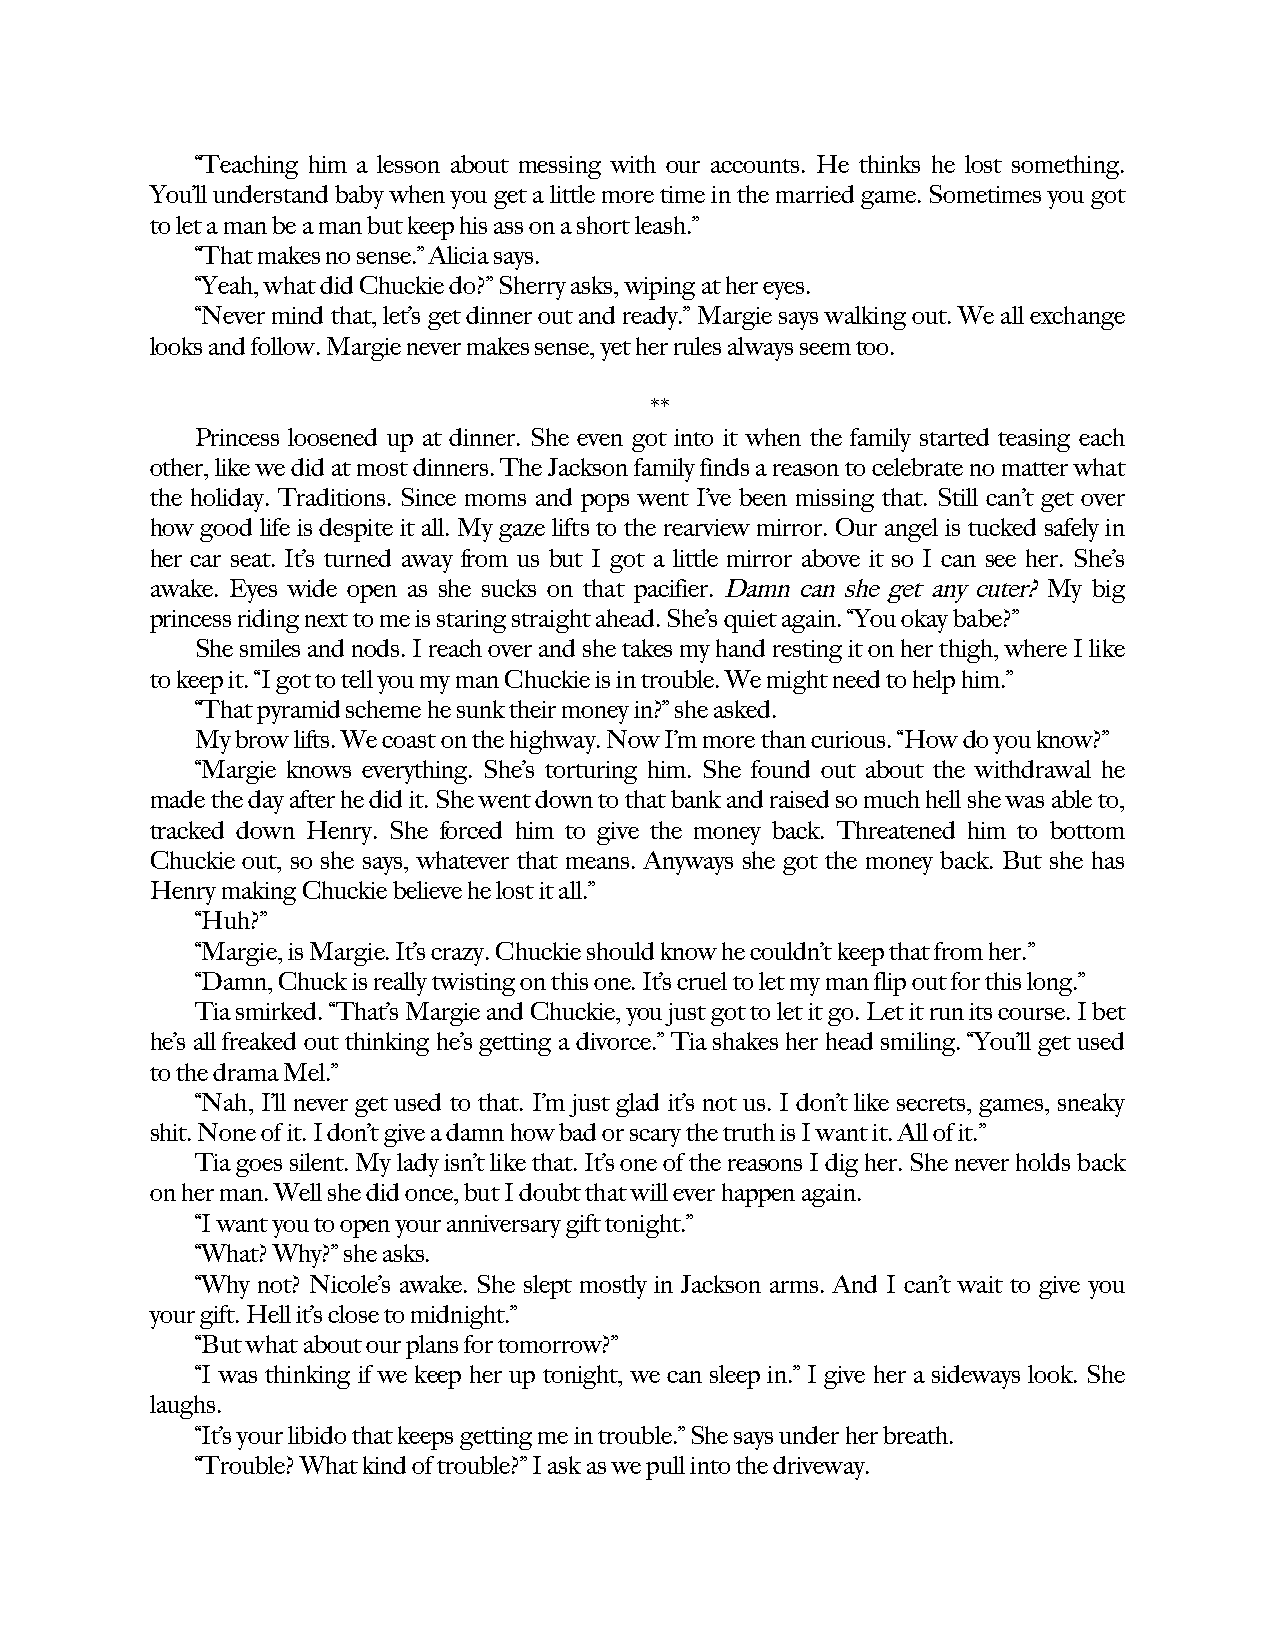
“Teaching him a lesson about messing with our accounts. He thinks he lost something.
 You’ll understand baby when you get a little more time in the married game. Sometimes you got
 to let a man be a man but keep his ass on a short leash.”
 “That makes no sense.” Alicia says.
 “Yeah, what did Chuckie do?” Sherry asks, wiping at her eyes.
 “Never mind that, let’s get dinner out and ready.” Margie says walking out. We all exchange
 looks and follow. Margie never makes sense, yet her rules always seem too.
 **
 Princess loosened up at dinner. She even got into it when the family started teasing each
 other, like we did at most dinners. The Jackson family finds a reason to celebrate no matter what
 the holiday. Traditions. Since moms and pops went I’ve been missing that. Still can’t get over
 how good life is despite it all. My gaze lifts to the rearview mirror. Our angel is tucked safely in
 her car seat. It’s turned away from us but I got a little mirror above it so I can see her. She’s
 awake. Eyes wide open as she sucks on that pacifier. Damn can she get any cuter? My big
 princess riding next to me is staring straight ahead. She’s quiet again. “You okay babe?”
 She smiles and nods. I reach over and she takes my hand resting it on her thigh, where I like
 to keep it. “I got to tell you my man Chuckie is in trouble. We might need to help him.”
 “That pyramid scheme he sunk their money in?” she asked.
 My brow lifts. We coast on the highway. Now I’m more than curious. “How do you know?”
 “Margie knows everything. She’s torturing him. She found out about the withdrawal he
 made the day after he did it. She went down to that bank and raised so much hell she was able to,
 tracked down Henry. She forced him to give the money back. Threatened him to bottom
 Chuckie out, so she says, whatever that means. Anyways she got the money back. But she has
 Henry making Chuckie believe he lost it all.”
 “Huh?”
 “Margie, is Margie. It’s crazy. Chuckie should know he couldn’t keep that from her.”
 “Damn, Chuck is really twisting on this one. It’s cruel to let my man flip out for this long.”
 Tia smirked. “That’s Margie and Chuckie, you just got to let it go. Let it run its course. I bet
 he’s all freaked out thinking he’s getting a divorce.” Tia shakes her head smiling. “You’ll get used
 to the drama Mel.”
 “Nah, I’ll never get used to that. I’m just glad it’s not us. I don’t like secrets, games, sneaky
 shit. None of it. I don’t give a damn how bad or scary the truth is I want it. All of it.”
 Tia goes silent. My lady isn’t like that. It’s one of the reasons I dig her. She never holds back
 on her man. Well she did once, but I doubt that will ever happen again.
 “I want you to open your anniversary gift tonight.”
 “What? Why?” she asks.
 “Why not? Nicole’s awake. She slept mostly in Jackson arms. And I can’t wait to give you
 your gift. Hell it’s close to midnight.”
 “But what about our plans for tomorrow?”
 “I was thinking if we keep her up tonight, we can sleep in.” I give her a sideways look. She
 laughs.
 “It’s your libido that keeps getting me in trouble.” She says under her breath.
 “Trouble? What kind of trouble?” I ask as we pull into the driveway.